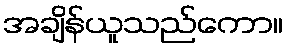
အချိန်ယူသည်ကော။